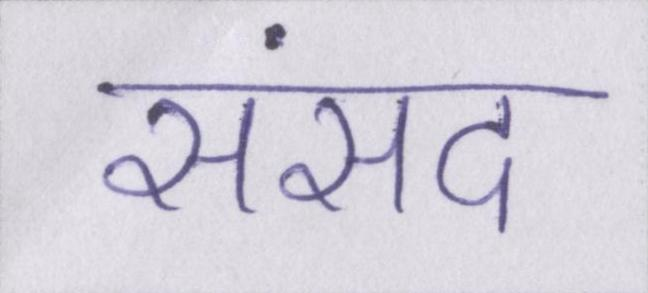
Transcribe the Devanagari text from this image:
संसद